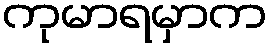
ကုမာရမှာက